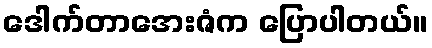
ဒေါက်တာအေးဇံက ပြောပါတယ်။